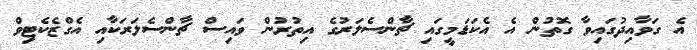
އެ ގަވާއިދުގައިވާ ގޮތުން އެ އެކަޑަމީގައި ޗާންސެލަރުގެ އިތުރުން ވައިސް ޗާންސެލަރަކާއި އެގްޒެކެޓިވް